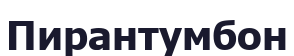
Пирантумбон